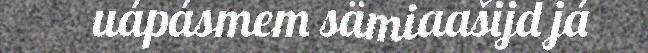
uápásmem sämiaašijd já